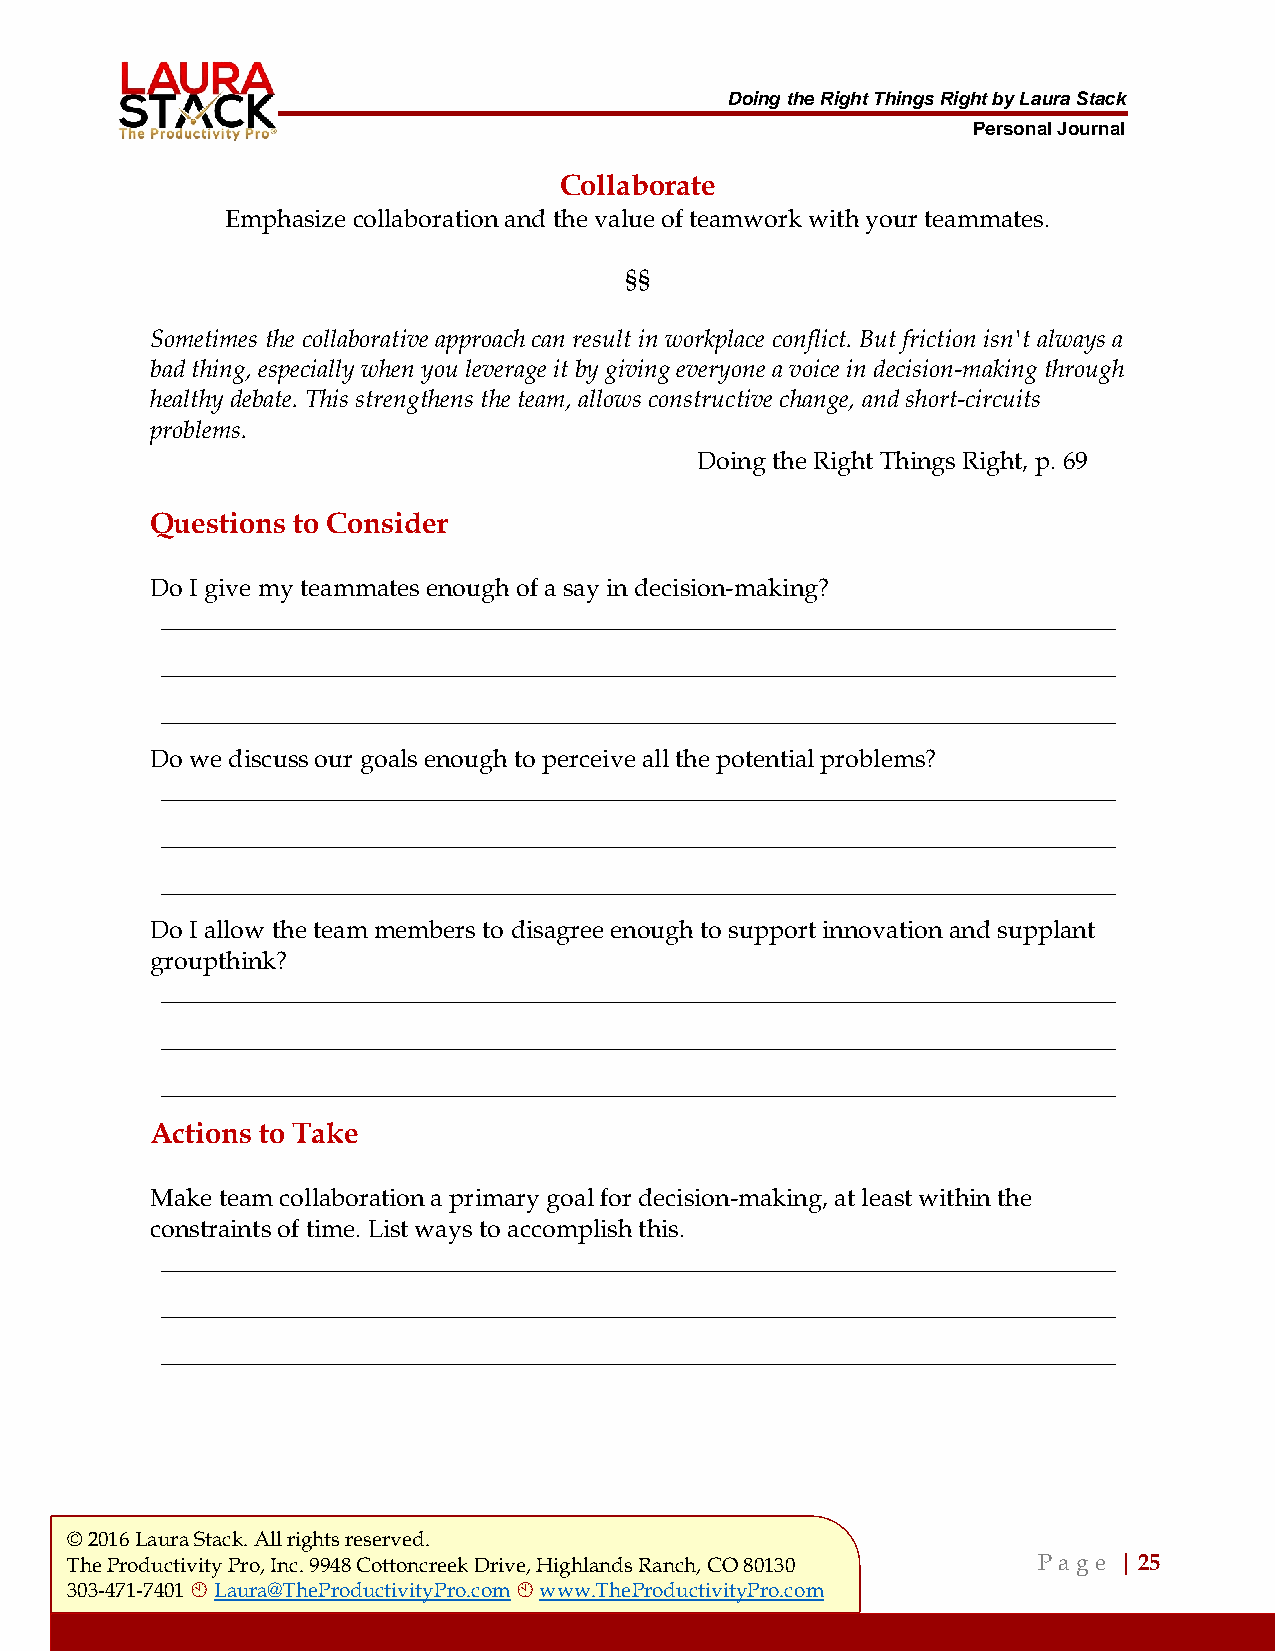
Doing the Right Things Right by Laura Stack
 Personal Journal
 Collaborate
 Emphasize collaboration and the value of teamwork with your teammates.
 §§
 Sometimes the collaborative approach can result in workplace conflict. But friction isn't always a
 bad thing, especially when you leverage it by giving everyone a voice in decision-making through
 healthy debate. This strengthens the team, allows constructive change, and short-circuits
 problems.
 Doing the Right Things Right, p. 69
 Questions to Consider
 Do I give my teammates enough of a say in decision-making?
 ___________________________________________________________________________________
 ___________________________________________________________________________________
 ___________________________________________________________________________________
 Do we discuss our goals enough to perceive all the potential problems?
 ___________________________________________________________________________________
 ___________________________________________________________________________________
 ___________________________________________________________________________________
 Do I allow the team members to disagree enough to support innovation and supplant
 groupthink?
 ___________________________________________________________________________________
 ___________________________________________________________________________________
 ___________________________________________________________________________________
 Actions to Take
 Make team collaboration a primary goal for decision-making, at least within the
 constraints of time. List ways to accomplish this.
 ___________________________________________________________________________________
 ___________________________________________________________________________________
 ___________________________________________________________________________________
 © 2016 Laura Stack. All rights reserved.
 The Productivity Pro, Inc. 9948 Cottoncreek Drive, Highlands Ranch, CO 80130 P a ge | 25
 303-471-7401  Laura@TheProductivityPro.com  www.TheProductivityPro.com